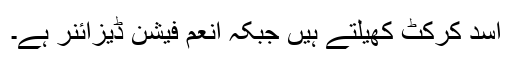
اسد کرکٹ کھیلتے ہیں جبکہ انعم فیشن ڈیزائنر ہے۔